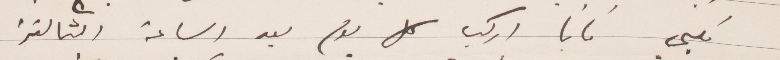
قلبي فانا اركب كل يوم بعد الساعة الثالثة